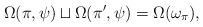
LaTeX: \begin{align*}\Omega(\pi, \psi) \sqcup \Omega(\pi', \psi) = \Omega(\omega_{\pi}),\end{align*}